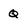
Character: Q